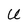
Character: U